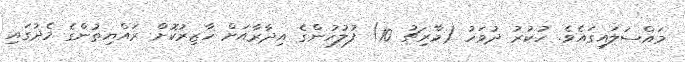
މައްސަލައިގައެވެ. ހުކުރު ދުވަހު (މާރިޗު 10) ފުލުހުންގެ އިދާރާއަށް ހާޒިރުކޮށް ރައްޔިތުންގެ މެދުގައި